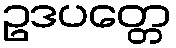
ဥဒပတ္တေ